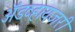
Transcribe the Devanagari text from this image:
ॲडव्हायजरी